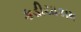
કડીયાકામ